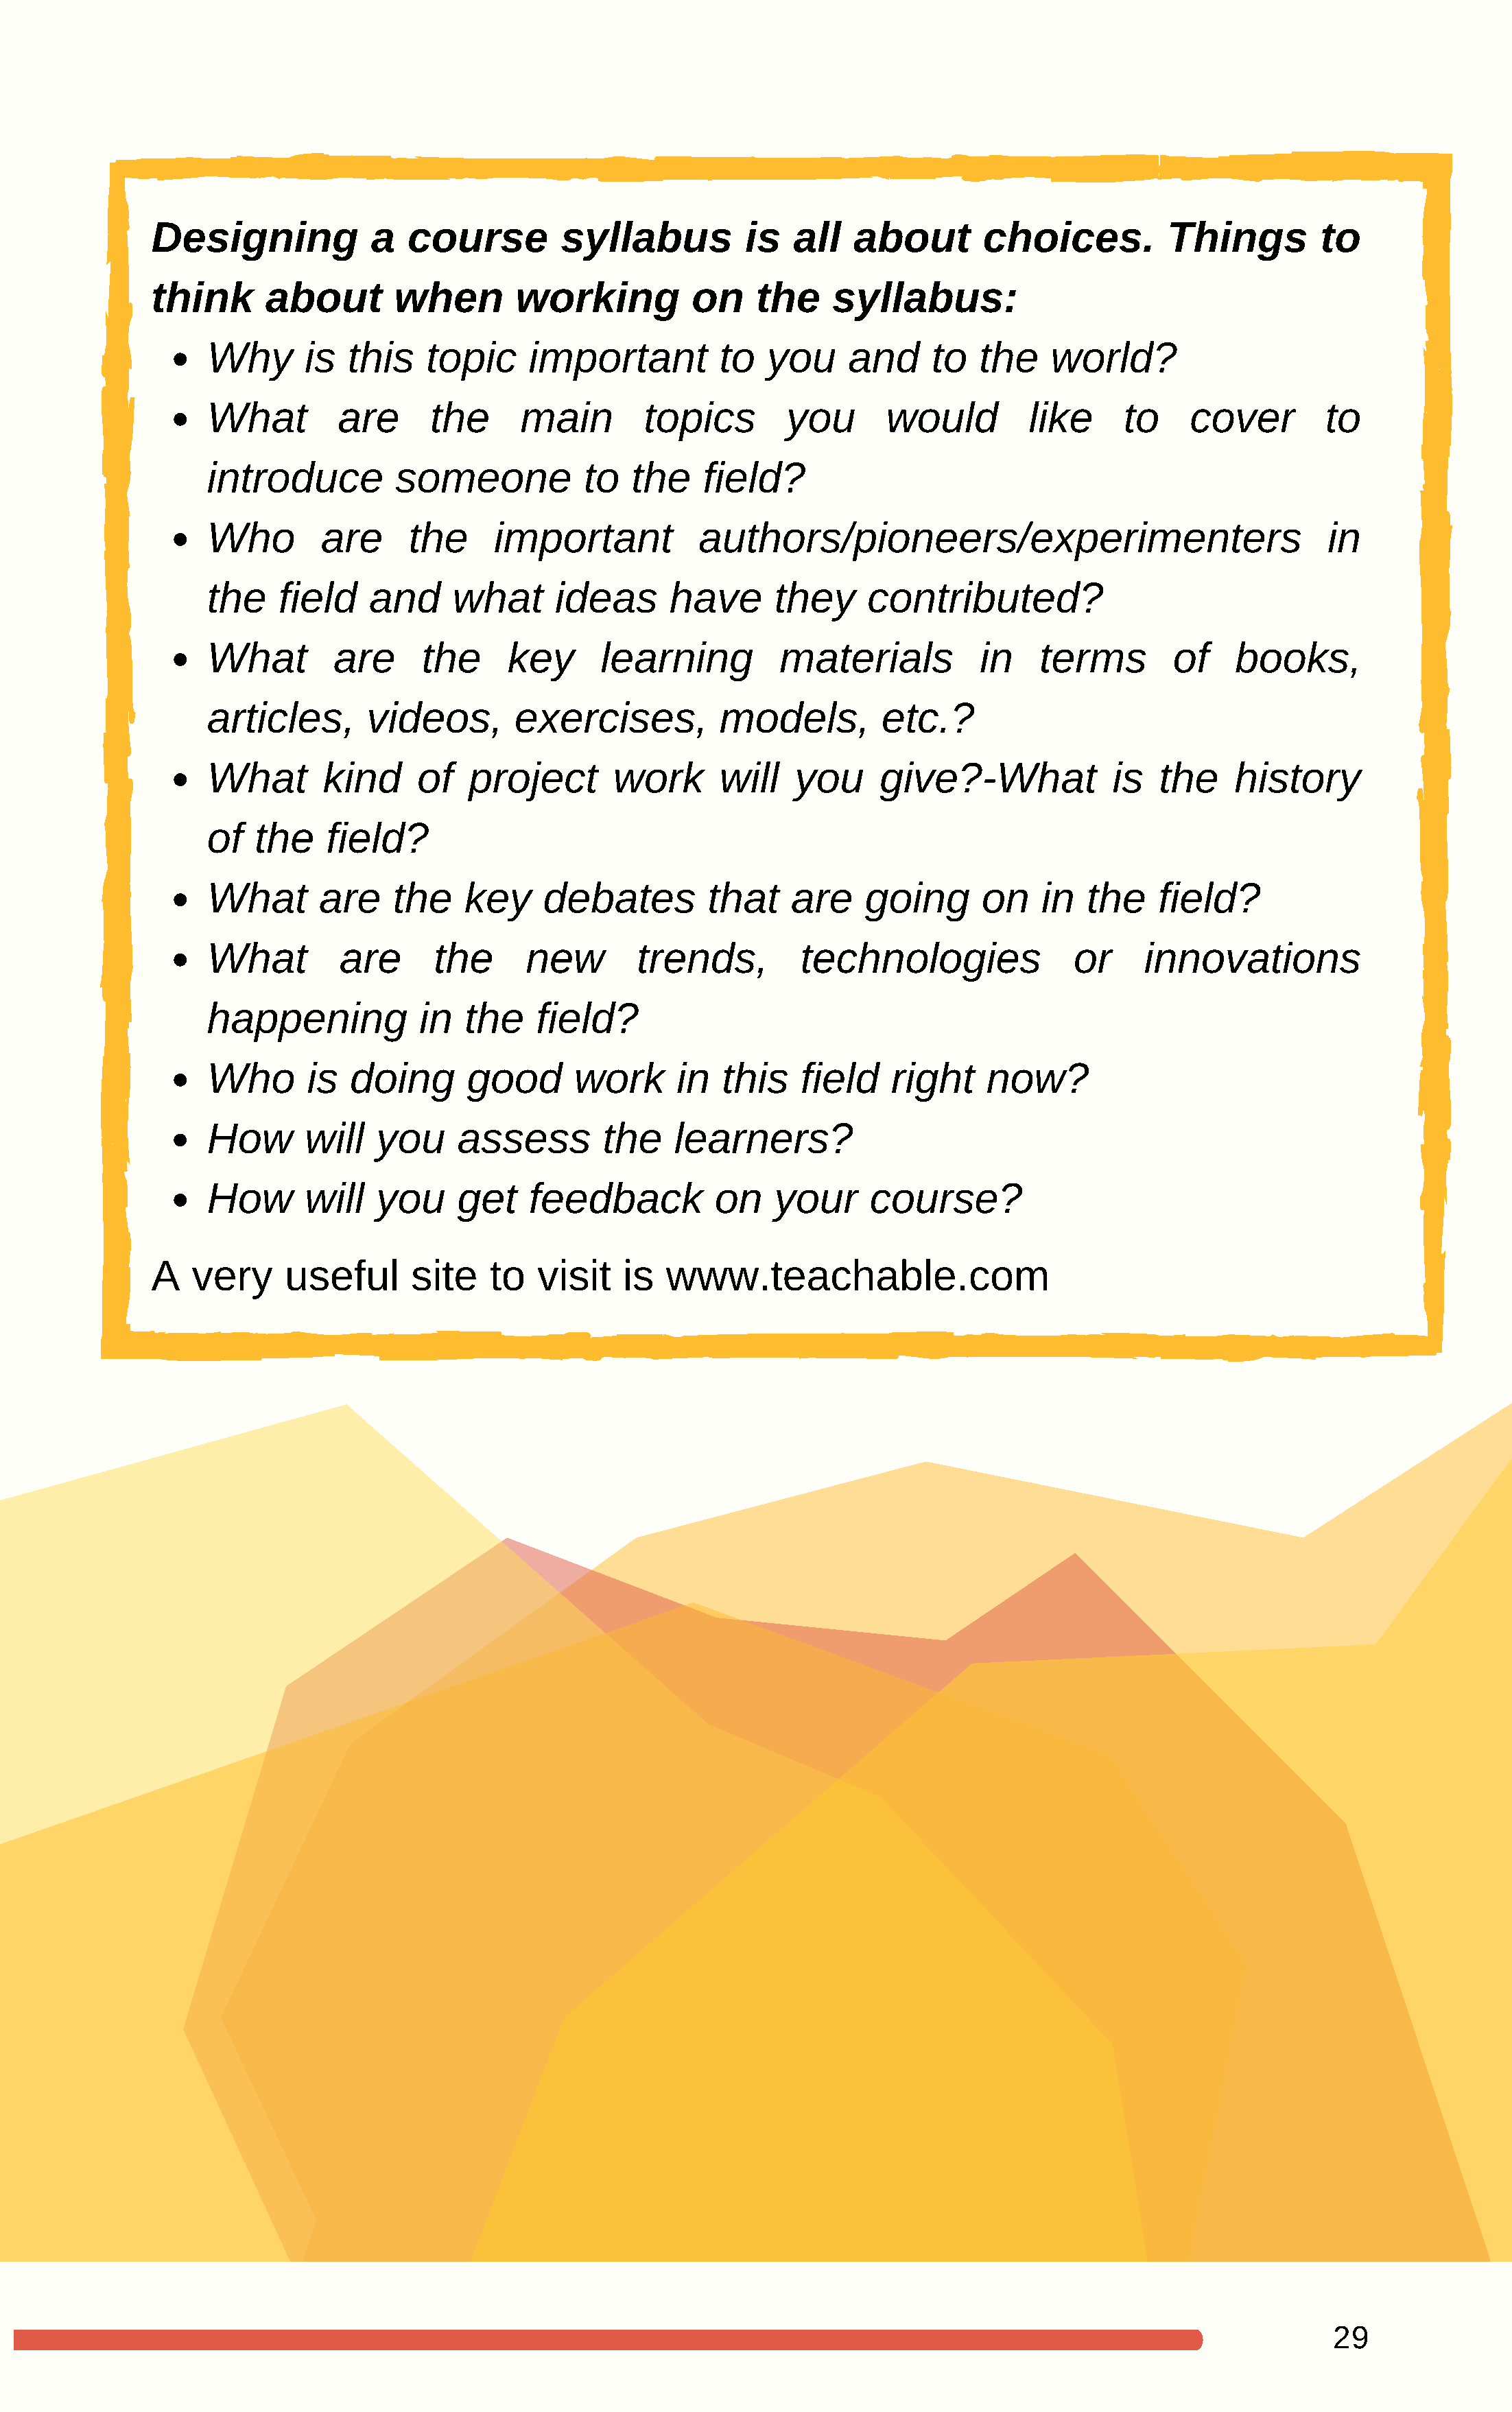
Designing            a  course         syllabus          is   all  about        choices.          Things        to
 think      about       when        working          on    the    syllabus:
 Why      is   this   topic     important         to   you     and     to   the   world?
 What         are      the     main        topics        you      would         like     to     cover        to
 introduce         someone           to   the    field?
 Who        are     the      important          authors/pioneers/experimenters                               in
 the    field    and     what      ideas      have      they     contributed?
 What        are      the     key      learning         materials           in   terms        of    books,
 articles,      videos,        exercises,         models,         etc.?
 What       kind     of   project       work      will    you     give?-What            is   the    history
 of   the   field?
 What       are    the    key    debates         that    are    going       on    in  the    field?
 What         are      the      new       trends,         technologies               or    innovations
 happening           in   the    field?
 Who       is  doing      good      work      in   this   field    right    now?
 How      will   you     assess        the    learners?
 How      will   you     get    feedback          on    your     course?
 A   very    useful       site   to   visit   is  www.teachable.com
 29